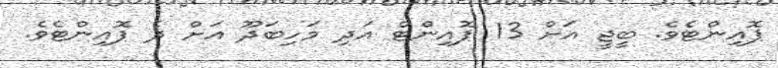
ޕޮއިންޓެވެ. ބީޖީ އަށް 13 ޕޮއިންޓް އަދި މަހިބަދޫ އަށް ދެ ޕޮއިންޓެވެ.